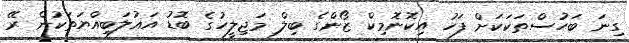
ގިނަ ބަހުސްތަކަކަށް ފަހު އިކޮނޮމިކް ޒޯންގެ ބިލް މަޖިލީހުގެ ބޮޑު އަޣުލަބިއްޔަތަކުން ރޭ